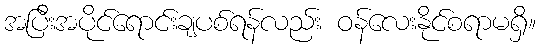
အပြီးအပိုင်ရောင်းချပစ်ရန်လည်း ဝန်လေးနိုင်စရာမရှိ။